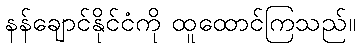
နန်ချောင်နိုင်ငံကို ထူထောင်ကြသည်။